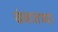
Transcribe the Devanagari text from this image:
खंबातच्या